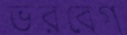
ভরবেগ